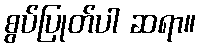
စွပ်ပြုတ်ပါ ဆရာ။